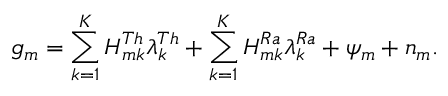
g _ { m } = \sum _ { k = 1 } ^ { K } H _ { m k } ^ { T h } \lambda _ { k } ^ { T h } + \sum _ { k = 1 } ^ { K } H _ { m k } ^ { R a } \lambda _ { k } ^ { R a } + \psi _ { m } + n _ { m } .